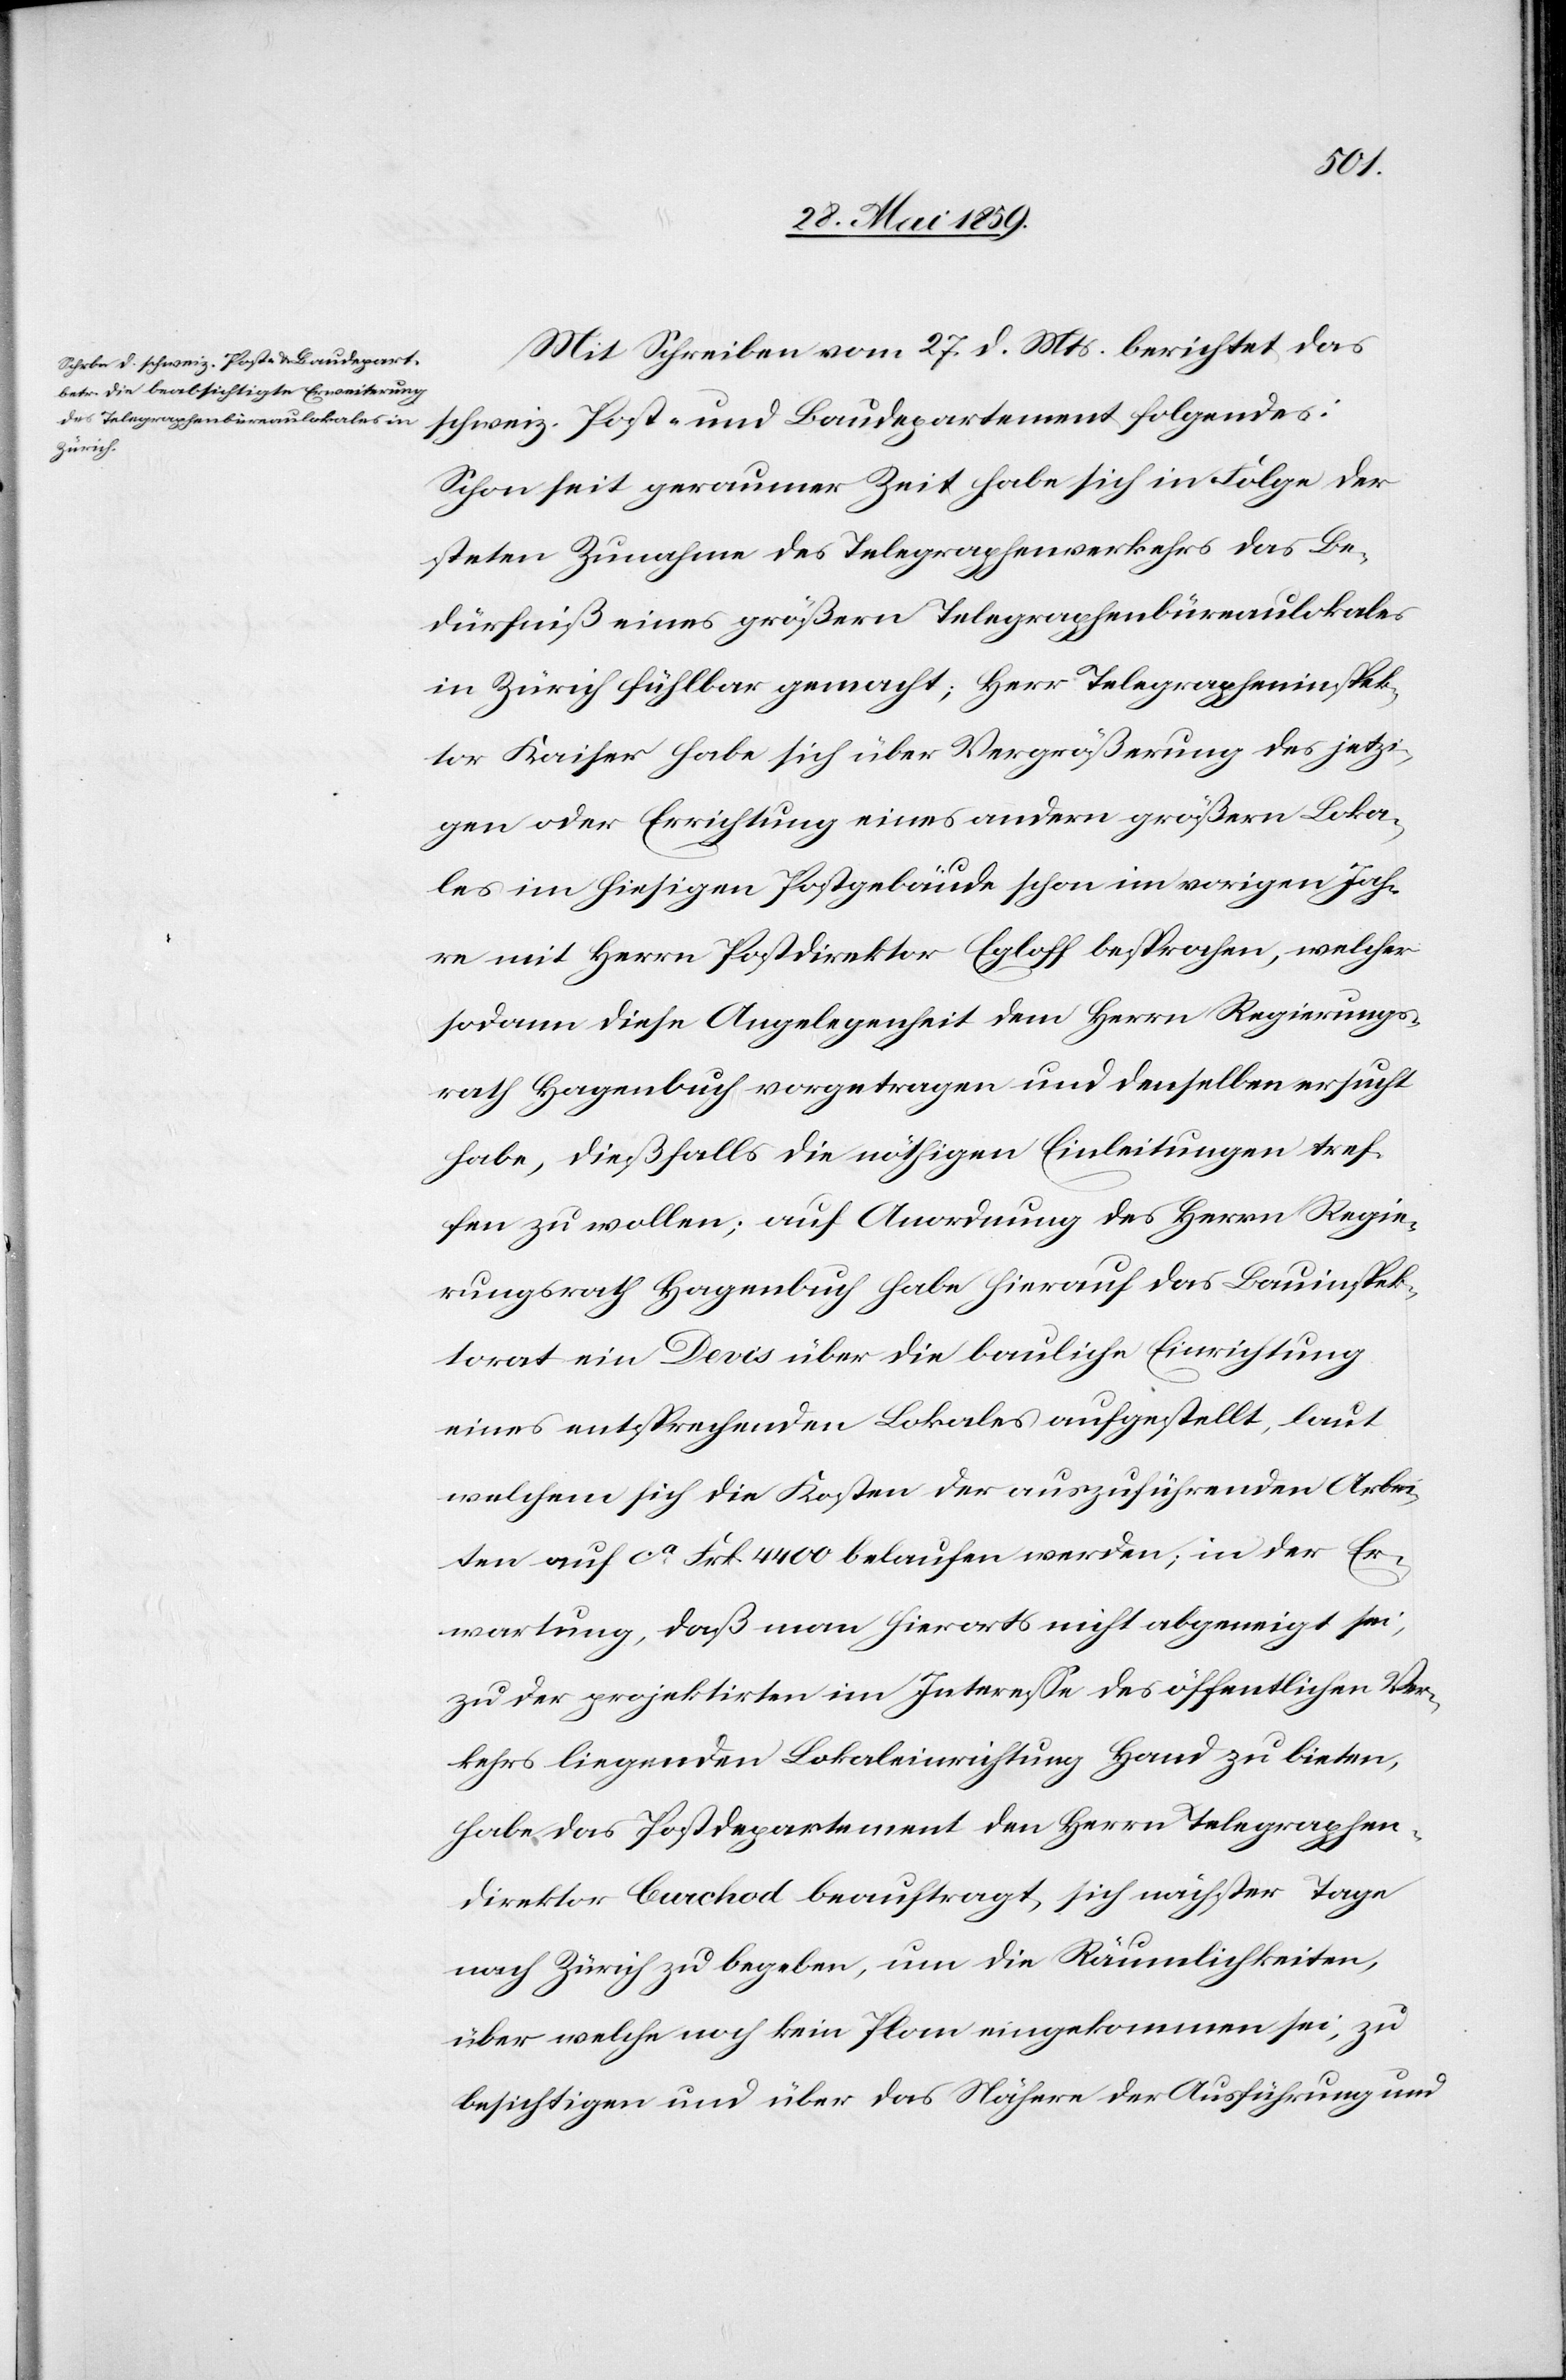
Mit Schreiben vom 27. d. Mts. berichtet das
schweiz. Post- und Baudepartement folgendes:
Schon seit geraumer Zeit habe sich in Folge der
steten Zunahme des Telegraphenverkehrs das Be¬
dürfniß eines größeren Telegraphenbüreaulokales
in Zürich fühlbar gemacht; Herr Telegrapheninspek¬
tor Kaiser habe sich über Vergrößerung des jetzi¬
gen oder Errichtung eines andern größern Loka¬
les im hiesigen Postgebäude schon im vorigen Jah¬
re mit Herrn Postdirektor Egloff besprochen, welcher
sodann diese Angelegenheit dem Herrn Regierungs¬
rath Hagenbuch vorgetragen und denselben ersucht
habe, dießfalls die nöthigen Einleitungen tref¬
fen zu wollen; auf Anordnung des Herrn Regie¬
rungsrath Hagenbuch habe hierauf das Bauinspek¬
torat ein Devis über die bauliche Einrichtung
eines entsprechenden Lokales aufgestellt, laut
welchem sich die Kosten der auszuführenden Arbei¬
ten auf ca Frk 4400 belaufen werden; in der Er¬
wartung, daß man hierorts nicht abgeneigt sei,
zu der projektirten im Interesse des öffentlichen Ver¬
kehrs liegenden Lokaleinrichtung Hand zu bieten,
habe das Postdepartement den Herrn Telegraphen¬
direktor Burchod beauftragt, sich nächster Tage
nach Zürich zu begeben, um die Räumlichkeiten,
über welche noch kein Plan eingekommen sei, zu
besichtigen und über das Nähere der Ausführung und